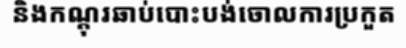
និងកណ្តុរឆាប់បោះបង់ចោលការប្រកួត